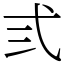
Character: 弎